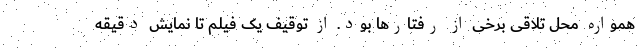
همواره محل تلاقی برخی از رفتارها بود. از توقیف یک فیلم تا نمایش دقیقه